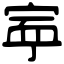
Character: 𡨴